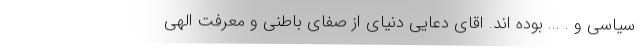
سیاسی و . ... بوده اند. اقای دعایی دنیای از صفای باطنی و معرفت الهی